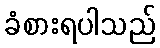
ခံစားရပါသည်